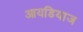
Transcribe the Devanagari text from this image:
आयडियाज